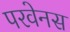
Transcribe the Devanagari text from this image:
परवेनस